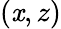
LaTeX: (\mathit{x},z)